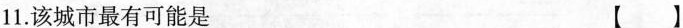
11.该城市最有可能是【】